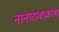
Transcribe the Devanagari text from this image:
नानारावप्रकाश